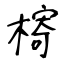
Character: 槣